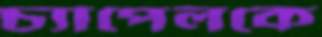
চ্যাপেলকে